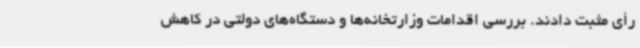
رأی مثبت دادند. بررسی اقدامات وزارتخانه‌ها و دستگاه‌های دولتی در کاهش